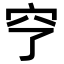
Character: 𥤣